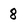
Character: 8